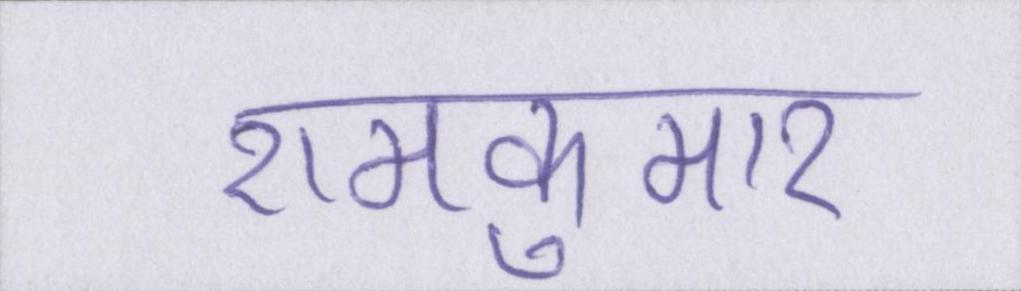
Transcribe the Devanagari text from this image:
रामकुमार